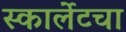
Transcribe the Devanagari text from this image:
स्कार्लेटचा